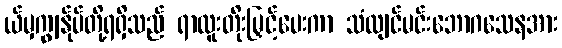
ယ်မှကျွန်ုပ်တို့ရရှိသည် ရာထူးတိုးမြှင့်ပေးကာ သံလျင်မင်းဘောဂသေနအား